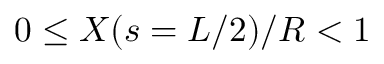
0 \leq X ( s = L / 2 ) / R < 1